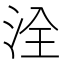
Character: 洤